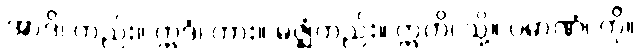
အာဒိ၊ တည်း။ ဣဒံ၊ ကား။ မဇ္ဈံတည်း။ ဣတိ၊ သို့။ ပမာဏံ၊ ကို။